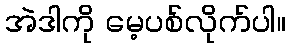
အဲဒါကို မေ့ပစ်လိုက်ပါ။